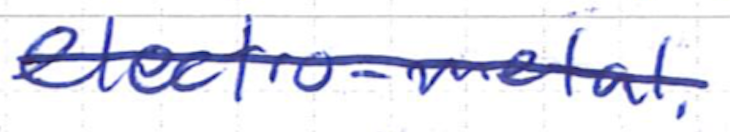
Text: electro-metal.
Cross-out: single-line
Writing tool: ballpoint